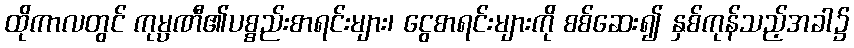
ထိုကာလတွင် ကုမ္ပဏီ၏ပစ္စည်းစာရင်းများ၊ ငွေစာရင်းများကို စစ်ဆေး၍ နှစ်ကုန်သည့်အခါ၌